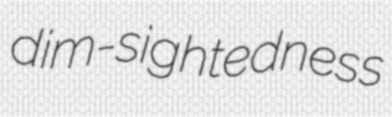
dim-sightedness